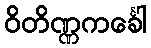
ဝိတိဏ္ဏကင်္ခေါ